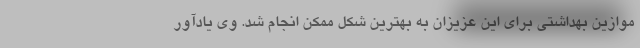
موازین بهداشتی برای این عزیزان به بهترین شکل ممکن انجام شد. وی یادآور